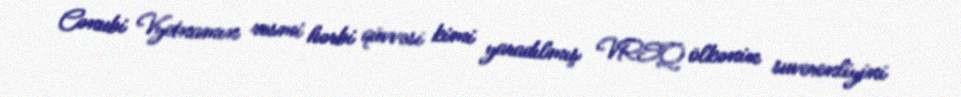
Cənubi Vyetnamın rəsmi hərbi qüvvəsi kimi yaradılmış VRSQ ölkənin suverenliyini